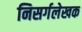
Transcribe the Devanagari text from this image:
निसर्गलेखक